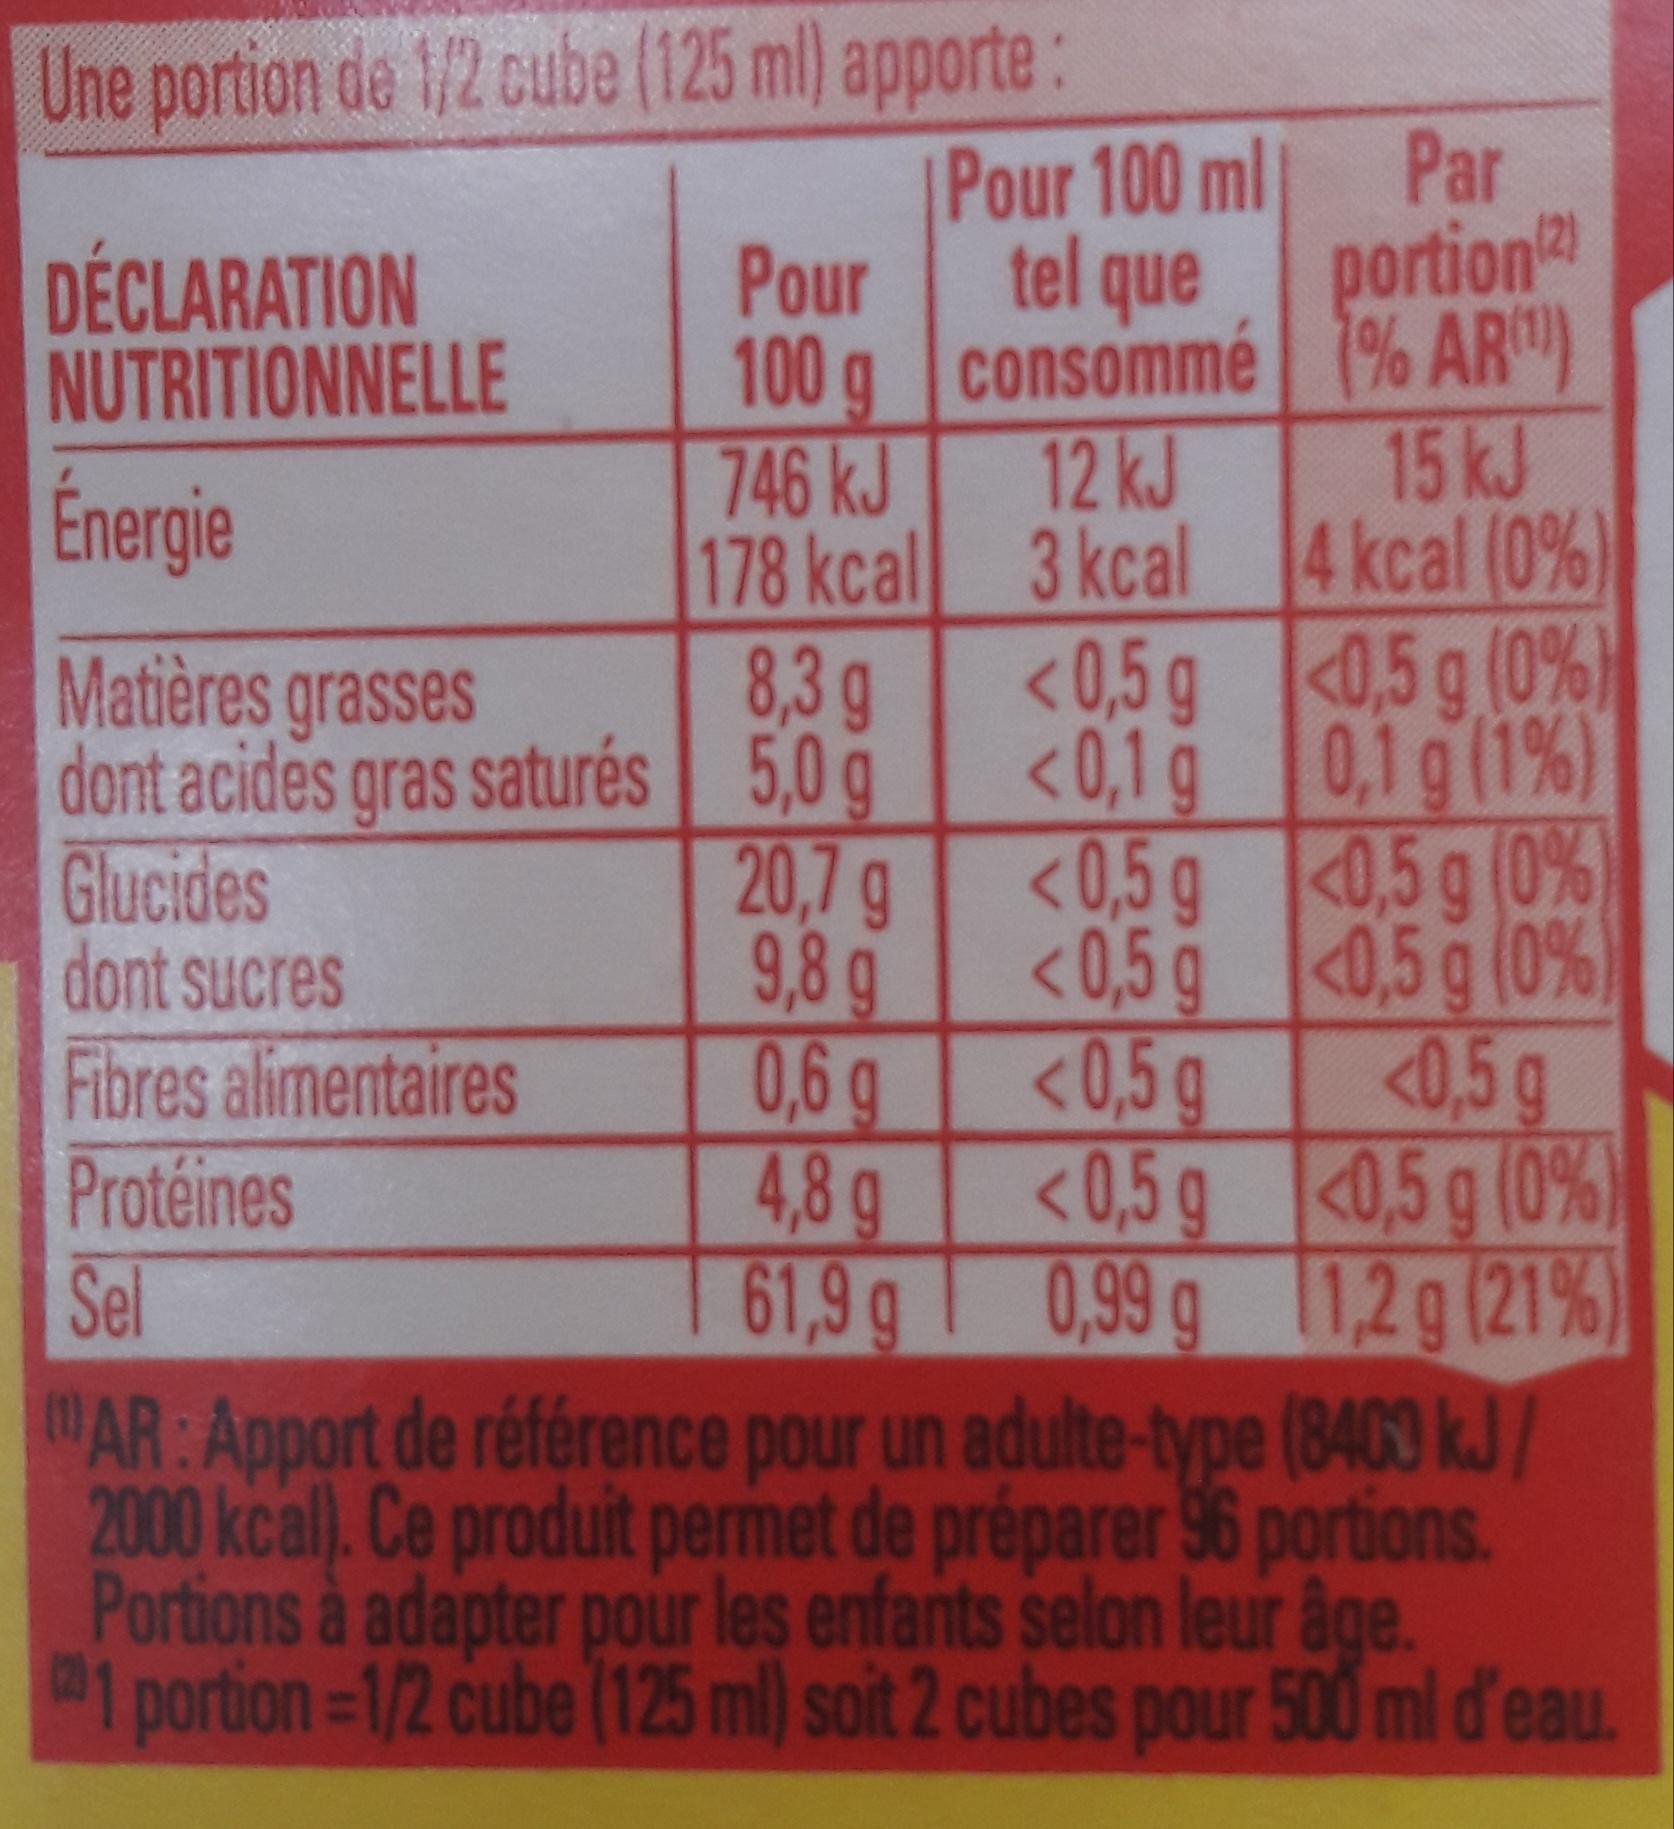
Une portion de 1/2 cube (125 ml) apporte:
DÉCLARATION NUTRITIONNELLE
Énergie
Matières grasses dont acides gras saturés
Glucides
dont sucres
Fibres alimentaires
Protéines
Pour
100 g 746 kJ
178 kcal
8,3 g
5,0 g
20,7 g
9,8 g
0,6 g
4,8 g
61,9 g
Pour 100 ml tel que
consommé
12 kJ 3 kcal
<0,5 g
<0,1 g
<0,5 g
<0,5 g
<0,5 g
<0,5 g
0,99 g
Par portion (2) 1% AR)
15 kJ 4 kcal (0%)
<0,5 g (0%)
0,1g (1%)
<0,5 g (0%
<0,5 g (0%) <0,5 g
<0,5 g (0%)
1,2 g (21%)
Sel
AR: Apport de référence pour un adulte-type (8400 kJ/ 2000 kcal). Ce produit permet de préparer 96 portions. Portions à adapter pour les enfants selon leur âge. 1 portion=1/2 cube (125 ml) soit 2 cubes pour 500 ml d'eau.